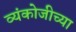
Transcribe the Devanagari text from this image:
व्यंकोजीच्या